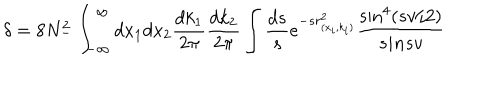
LaTeX: \delta = 8 N _ { - } ^ { 2 } \int _ { - \infty } ^ { \infty } d x _ { 1 } d x _ { 2 } \frac { d k _ { 1 } } { 2 \pi } \frac { d k _ { 2 } } { 2 \pi } \int \frac { d s } { s } e ^ { - s r _ { ( x _ { i } , k _ { i } ) } ^ { 2 } } \frac { \sin ^ { 4 } ( s v / 2 ) } { s i n s v }